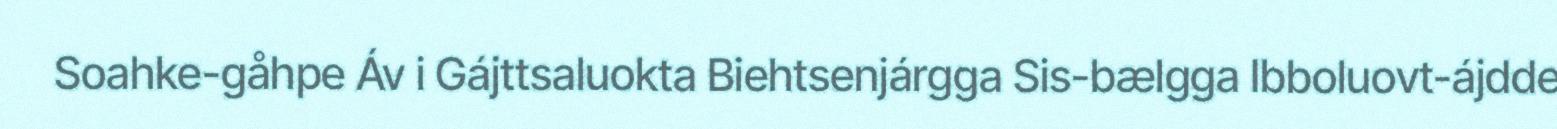
Soahke-gåhpe Áv i Gájttsaluokta Biehtsenjárgga Sis-bælgga Ibboluovt-ájdde